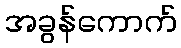
အခွန်ကောက်